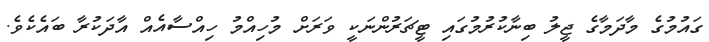
ގައުމުގެ މާދަމާގެ ޖީލު ބިނާކުރުމުގައި ޓީޗަރުންނަކީ ވަރަށް މުހިއްމު ހިއްސާއެއް އާދަކުރާ ބައެކެވެ.